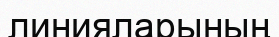
линияларының